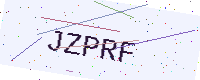
Text: JZPRF